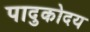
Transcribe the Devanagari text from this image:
पादुकोदय